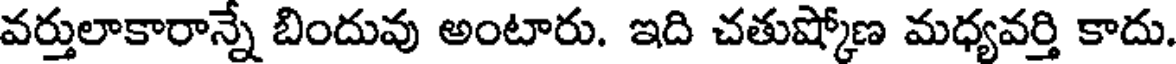
వర్తులాకారాన్నే బిందువు అంటారు. ఇది చతుష్కోణ మధ్యవర్తి కాదు.